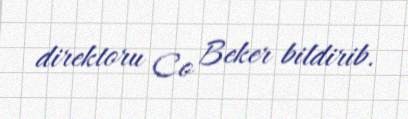
direktoru Co Beker bildirib.